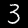
Label: 3